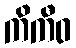
ကိကီဝ